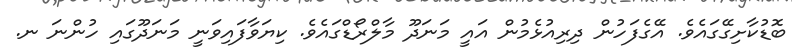
ބޮޑުކާށިގޭގައެވެ. އޭގެފަހުން ދިރިއުޅެމުން އައީ މަނަދޫ މާލްރޯޑްގައެވެ. ކިޔަވާފައިވަނީ މަނަދޫގައި ހުންނަ ނ.